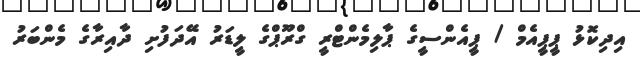
އިދިކޮޅު ޕީޕީއެމް / ޕީއެންސީގެ ޕާލިމެންޓްރީ ގްރޫޕްގެ ލީޑަރު އޭދަފުށި ދާއިރާގެ މެންބަރު